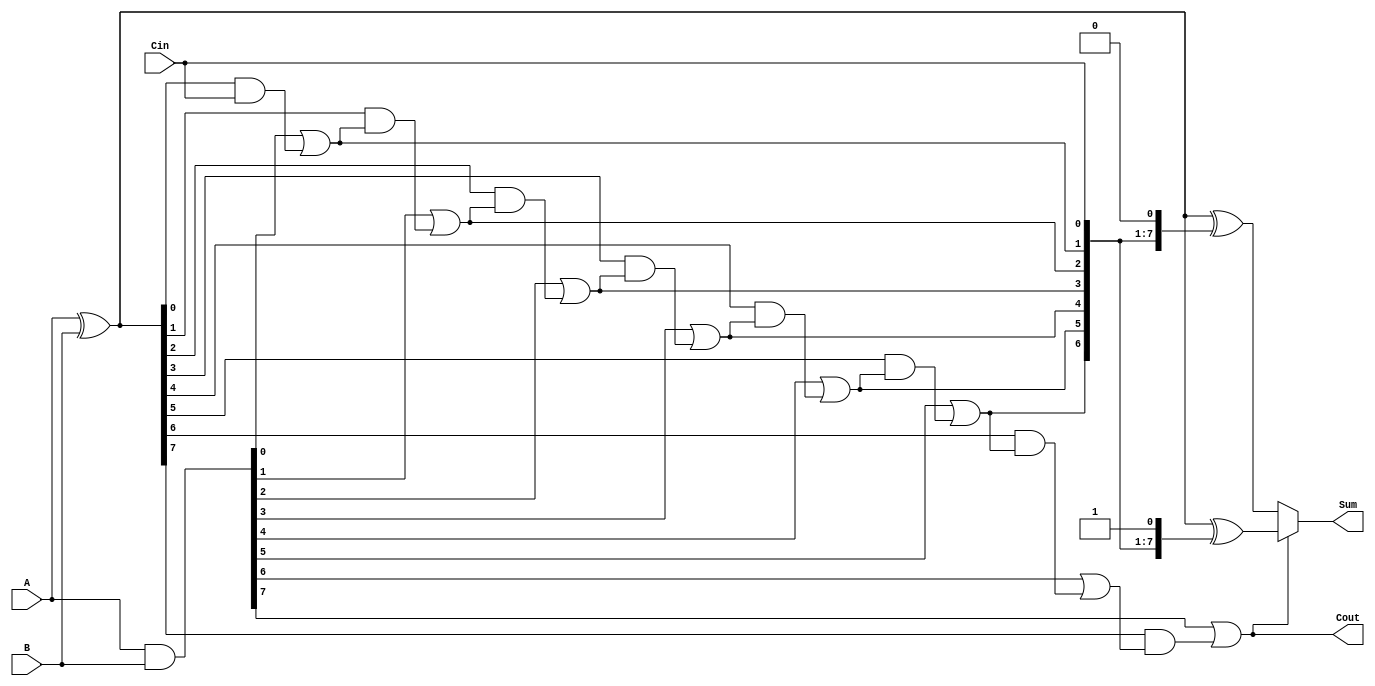
module CarrySelectAdder #(parameter N = 8) (
    input  [N-1:0] A,      // First operand
    input  [N-1:0] B,      // Second operand
    input         Cin,      // Carry-in
    output [N-1:0] Sum,     // Sum output
    output        Cout       // Carry-out
);

    // Generate and Propagate signals
    wire [N-1:0] G; // Generate signals
    wire [N-1:0] P; // Propagate signals

    assign G = A & B;        // Generate
    assign P = A ^ B;        // Propagate

    // Carry signals
    wire [N:0] C; // Carry signals (C[0] = Cin)
    assign C[0] = Cin;

    // Carry computation using prefix tree logic
    genvar i;
    generate
        for (i = 0; i < N; i = i + 1) begin : carry_gen
            if (i == 0) begin
                assign C[i+1] = G[i] | (P[i] & C[i]);
            end else begin
                assign C[i+1] = G[i] | (P[i] & C[i]);
            end
        end
    endgenerate

    // Sum computation
    wire [N-1:0] Sum0; // Sum when Cin = 0
    wire [N-1:0] Sum1; // Sum when Cin = 1

    assign Sum0 = A ^ B ^ {C[N-1:0], 1'b0}; // Sum with Cin = 0
    assign Sum1 = A ^ B ^ {C[N-1:0], 1'b1}; // Sum with Cin = 1

    // Final Sum and Carry-out selection
    assign Sum = (C[N] ? Sum1 : Sum0);
    assign Cout = C[N];

endmodule